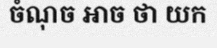
ចំណុច អាច ថា យក